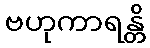
ဗဟုကာရန္တိ